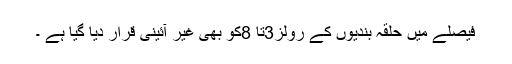
فیصلے میں حلقہ بندیوں کے رولز3تا 8کو بھی غیر آئینی قرار دیا گیا ہے ۔